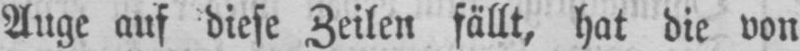
Auge auf diese Zeilen fällt, hat die von